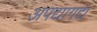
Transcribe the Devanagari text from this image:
अपद्यागद्य